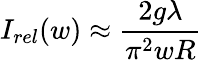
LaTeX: I_{rel}(w)\approx{\frac{2g\lambda}{\pi^{2}wR}}